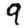
Digit: 9